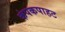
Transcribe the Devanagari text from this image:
कंपकपाहट